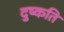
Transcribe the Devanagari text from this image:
दुष्‍कति